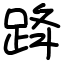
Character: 跭